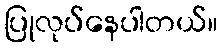
ပြုလုပ်နေပါတယ်။